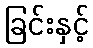
ခြင်းနှင့်